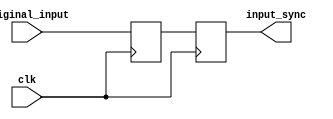
/*
Designer:		Lazaros Athanasiadis
Designed in:	Fall Semester 2019-20
Designed for:	Digital Systems Lab, 1st lab assignment
Usage:			Synchronizes reset signal to combat metastability
*/
module synchronizer(clk, original_input, input_sync);
	input clk, original_input;
	output input_sync;

	reg input_middle, input_sync;

	always @(posedge clk) begin
		input_middle <= original_input;
		input_sync <= input_middle;
	end

endmodule